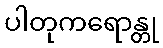
ပါတုကရောန္တု